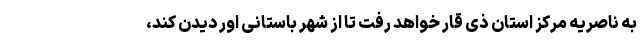
به ناصریه مرکز استان ذی قار خواهد رفت تا از شهر باستانی اور دیدن کند،